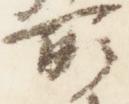
所